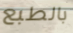
بالطبع